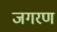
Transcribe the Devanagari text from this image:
जगरण